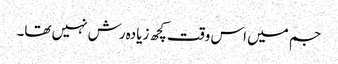
جم میں اس وقت کچھ زیادہ رش نہیں تھا۔